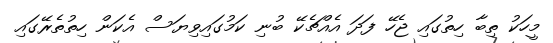
މީހަކު ތިބާ ހިތުގައި ޖެހޭ ފަދަ އެއްޗެކޭ ބުނި ކަމުގައިވިޔަސް އެކަން ހިތުތެރޭގައި